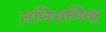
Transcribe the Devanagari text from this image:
तनित्तमिळ्